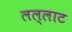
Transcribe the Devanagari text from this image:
लल्लाट